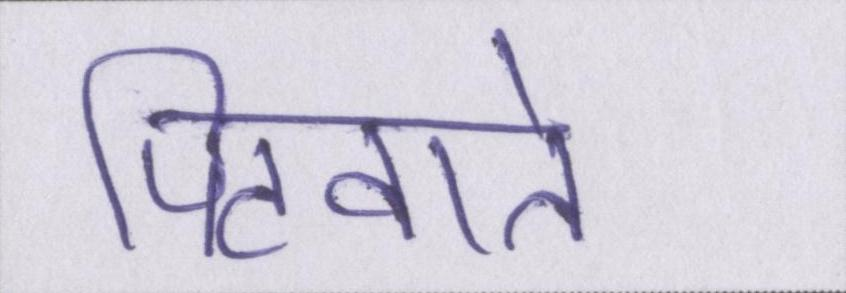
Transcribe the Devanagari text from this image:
पिटवाते